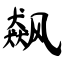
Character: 飙